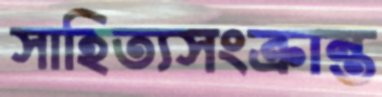
সাহিত্যসংক্রান্ত